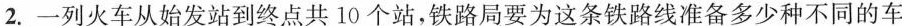
2.一列火车从始发站到终点共10个站，铁路局要为这条铁路线准备多少种不同的车